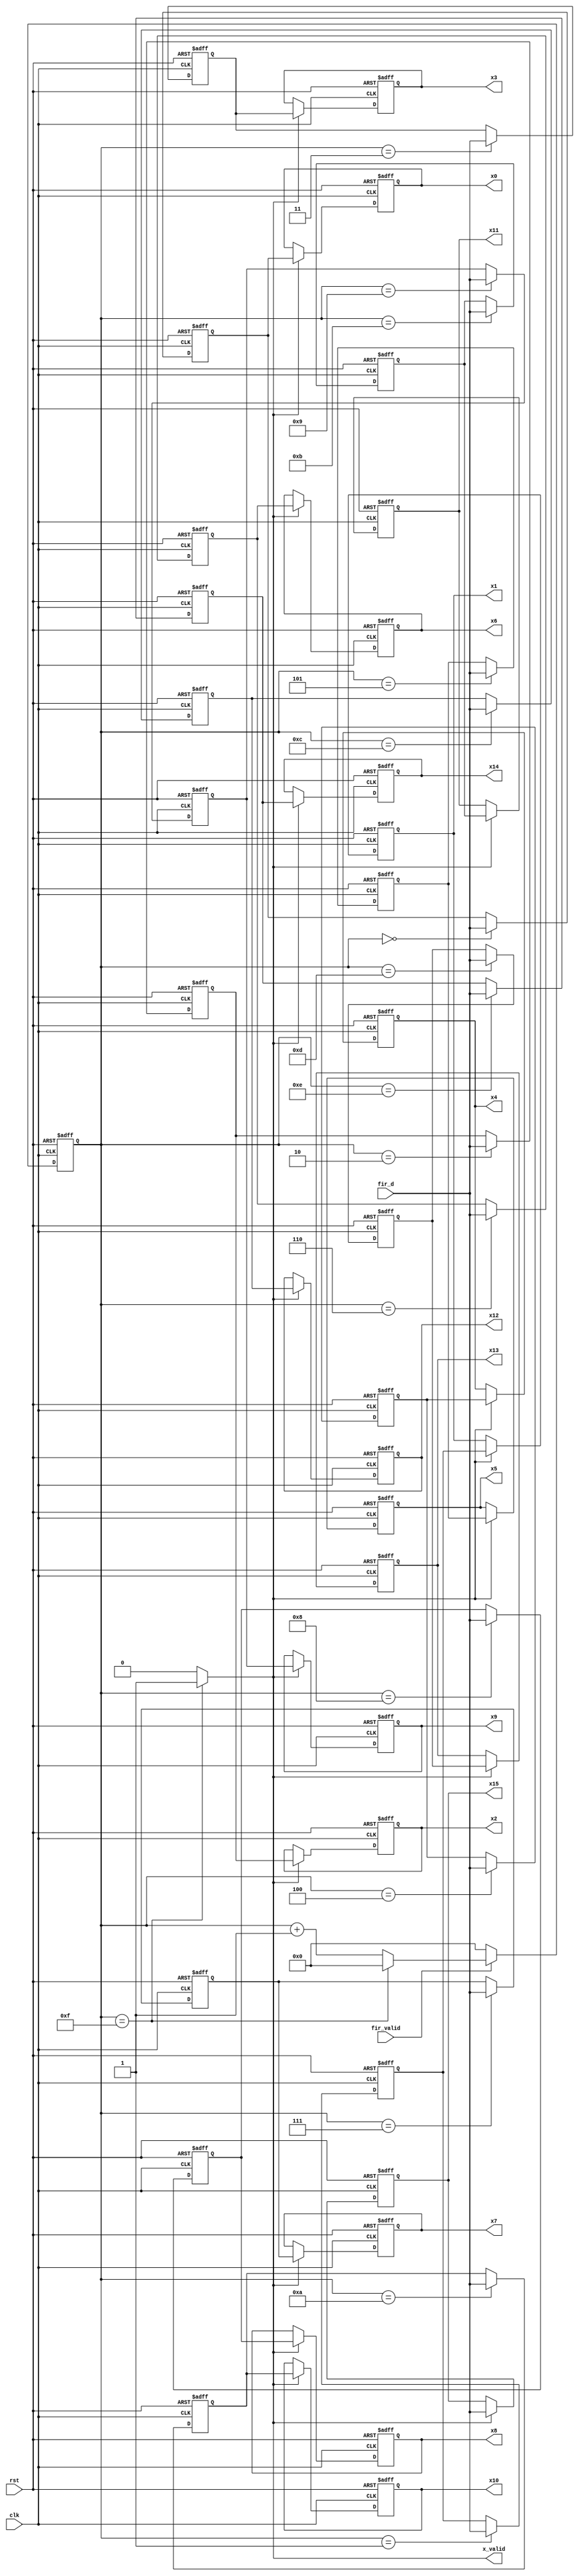
module SIPO ( clk,
              rst,
              fir_valid,
              fir_d,
              x_valid,
              x0, x1, x2, x3,
              x4, x5, x6, x7,
              x8, x9, x10, x11,
              x12, x13, x14, x15
            );

input clk, rst;
input fir_valid;
input [15:0] fir_d;
output x_valid;
output reg [15:0] x0, x1, x2, x3;
output reg [15:0] x4, x5, x6, x7;
output reg [15:0] x8, x9, x10, x11;
output reg [15:0] x12, x13, x14, x15;

reg [15:0] reg0, reg1, reg2, reg3;
reg [15:0] reg4, reg5, reg6, reg7;
reg [15:0] reg8, reg9, reg10, reg11;
reg [15:0] reg12, reg13, reg14;

assign x_valid=(cnt==4'd15)?1'b1:1'b0;

reg [3:0] cnt, n_cnt;

/* counter */
always@(posedge clk or posedge rst)begin
    if(rst)begin
        cnt<=4'd0;
    end
    else begin
        cnt<=n_cnt;
    end
end
always@(*)begin
    if(fir_valid)begin
        if(cnt==4'd15)begin
            n_cnt=4'd0;
        end
        else begin
            n_cnt=cnt+4'd1;
        end
    end
    else begin
        n_cnt=4'd0;
    end
end

always@(posedge clk or posedge rst)begin
    if(rst)begin
        x0 <= 16'd0;
        x1 <= 16'd0;
        x2 <= 16'd0;
        x3 <= 16'd0;
        x4 <= 16'd0;
        x5 <= 16'd0;
        x6 <= 16'd0;
        x7 <= 16'd0;
        x8 <= 16'd0;
        x9 <= 16'd0;
        x10 <= 16'd0;
        x11 <= 16'd0;
        x12 <= 16'd0;
        x13 <= 16'd0;
        x14 <= 16'd0;
        x15 <= 16'd0;
    end
    else if(x_valid)begin
        x0 <= reg0;
        x1 <= reg1;
        x2 <= reg2;
        x3 <= reg3;
        x4 <= reg4;
        x5 <= reg5;
        x6 <= reg6;
        x7 <= reg7;
        x8 <= reg8;
        x9 <= reg9;
        x10 <= reg10;
        x11 <= reg11;
        x12 <= reg12;
        x13 <= reg13;
        x14 <= reg14;
        x15 <= fir_d;
    end
    else begin
    end
end

always@(posedge clk or posedge rst)begin
    if(rst)begin
        reg0 <= 16'd0;
        reg1 <= 16'd0;
        reg2 <= 16'd0; 
        reg3 <= 16'd0; 
        reg4 <= 16'd0; 
        reg5 <= 16'd0; 
        reg6 <= 16'd0; 
        reg7 <= 16'd0; 
        reg8 <= 16'd0; 
        reg9 <= 16'd0; 
        reg10 <= 16'd0; 
        reg11 <= 16'd0; 
        reg12 <= 16'd0; 
        reg13 <= 16'd0; 
        reg14 <= 16'd0;
    end
    else begin
        case(cnt)
            4'd0: reg0 <= fir_d;
            4'd1: reg1 <= fir_d;
            4'd2: reg2 <= fir_d;
            4'd3: reg3 <= fir_d;
            4'd4: reg4 <= fir_d;
            4'd5: reg5 <= fir_d;
            4'd6: reg6 <= fir_d;
            4'd7: reg7 <= fir_d;
            4'd8: reg8 <= fir_d;
            4'd9: reg9 <= fir_d;
            4'd10: reg10 <= fir_d;
            4'd11: reg11 <= fir_d;
            4'd12: reg12 <= fir_d;
            4'd13: reg13 <= fir_d;
            4'd14: reg14 <= fir_d;
        endcase
    end
end

endmodule